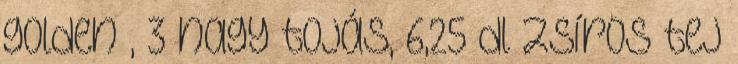
golden , 3 nagy tojás, 6,25 dl zsíros tej